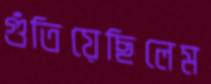
গুঁতিয়েছিলেম